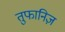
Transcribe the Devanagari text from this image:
तुफानिज़